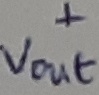
Text: +Vout